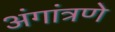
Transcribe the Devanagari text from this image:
अंगांत्रणे